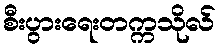
စီးပွားရေးတက္ကသိုလ်